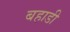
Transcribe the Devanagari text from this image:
बहाडी